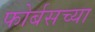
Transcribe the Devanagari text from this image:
फोर्बसच्या